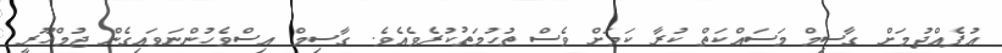
އުފެއްދުމަށް ގާސިމް މަސައްކަތް ކުރާ ކަމަށް ވެސް ތުހުމަތުކުރެވެއެވެ. ގާސިމް އިސްވެހުންނަވައިގެން ޖުމްހޫރީ